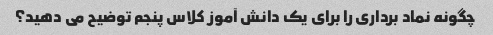
چگونه نماد برداری را برای یک دانش آموز کلاس پنجم توضیح می دهید؟